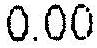
0.00